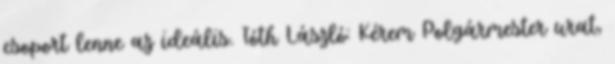
csoport lenne az ideális. Tóth László: Kérem Polgármester urat,